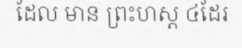
ដែល មាន ព្រះហស្ត ៤ដែរ